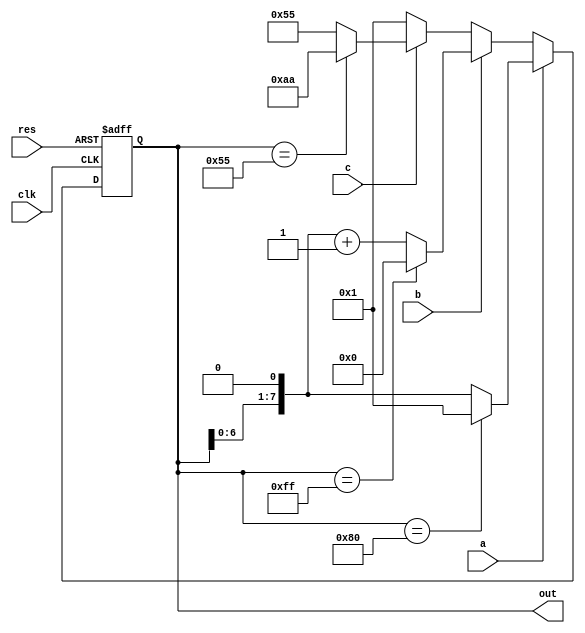
module color(a,b,c,clk,res,out);
  input a,b,c,clk,res;
  output reg[7:0] out;
  reg[25:0] h;
  reg  clk1;
always@(posedge clk or posedge res)
    begin
	  if(res)
		out<=8'b11111111;
	  else if(a)
	   begin
		   if(out==8'b10000000)
			  out<=8'b00000001;
			else
			out<=out<<1;
			 
		end	   
	  else if(b)
		    begin
			 if(out==8'b11111111)
			  out<=8'b00000000;
			 else
			 out<=(out<<1)+1;
			 end
	  else if(c)
	   begin
		  if(out==8'b01010101)
		     out<=8'b10101010;
		  else
		     out<=8'b01010101;
		end
	  else
	   out<=8'b00000001;
	end
always@(posedge clk)
   if(h==2499999)
    begin
    h<=26'd00;
	 clk1<=~clk1;
	 end
	else
    h<=h+1;



endmodule